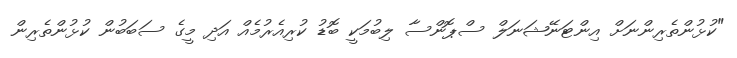
"ކުޅުންތެރިންނަށް އިންޓަނޭޝަނަލް ސްޕޮންސާ ލިބުމަކީ ބޮޑު ކުރިއެރުމެއް އަދި މީގެ ސަބަބުން ކުޅުންތެރިން